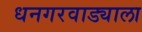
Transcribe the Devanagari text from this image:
धनगरवाड्याला